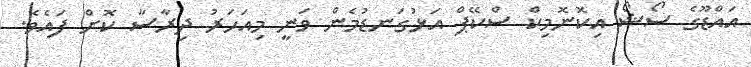
އައްޑޫގެ ސޯޝޯ އިކޮނޮމިކް ސްކޭޕް އަޅުގަނޑުމެން ވަނީ މިއަހަރު ދިރާސާ ކޮށް ފައެވެ.